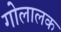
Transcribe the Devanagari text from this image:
गोलालक